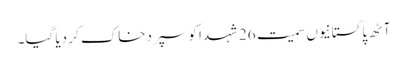
آٹھ پاکستانیوں سمیت 26 شہدا کو سپردخاک کر دیا گیا۔